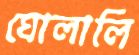
ঘোলালি